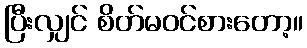
ပြီးလျှင် စိတ်မဝင်စားတော့။